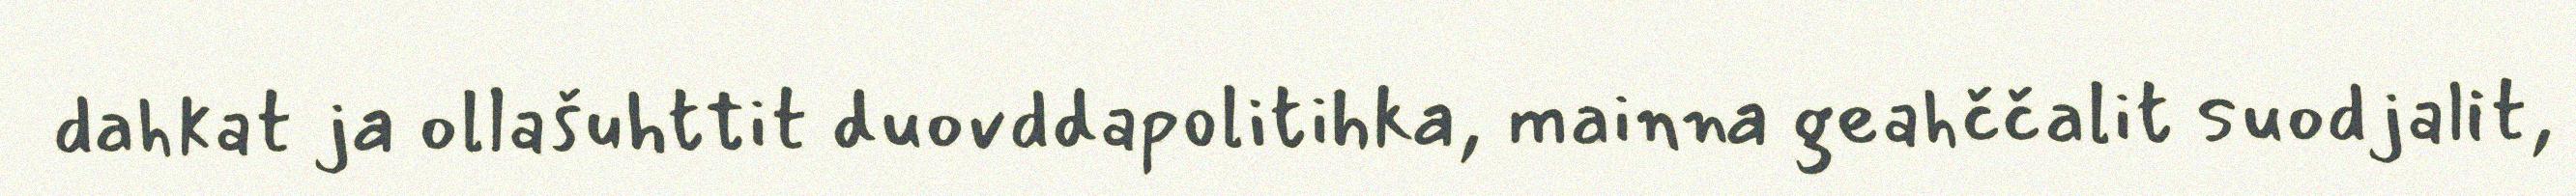
dahkat ja ollašuhttit duovddapolitihka, mainna geahččalit suodjalit,